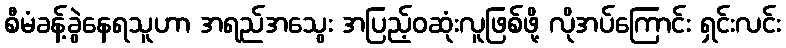
စီမံခန့်ခွဲနေရသူဟာ အရည်အသွေး အပြည့်ဝဆုံးလူဖြစ်ဖို့ လိုအပ်ကြောင်း ရှင်းလင်း